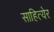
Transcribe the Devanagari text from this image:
साहित्येर